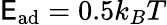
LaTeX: \mathsf{E}_{\mathrm{{ad}}}=0.5k_{B}T